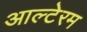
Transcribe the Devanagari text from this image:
आल्टेरम